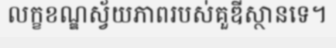
លក្ខខណ្ឌស្វ័យភាពរបស់គួឌីស្ថានទេ។